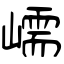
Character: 嶿